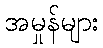
အမှုန်များ